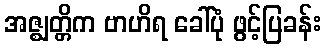
အဇ္ဈတ္တိက ဗာဟိရ ခေါ်ပုံ ဖွင့်ပြခန်း